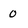
Character: 0